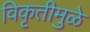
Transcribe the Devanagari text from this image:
विकृतीमुळे